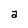
Character: a